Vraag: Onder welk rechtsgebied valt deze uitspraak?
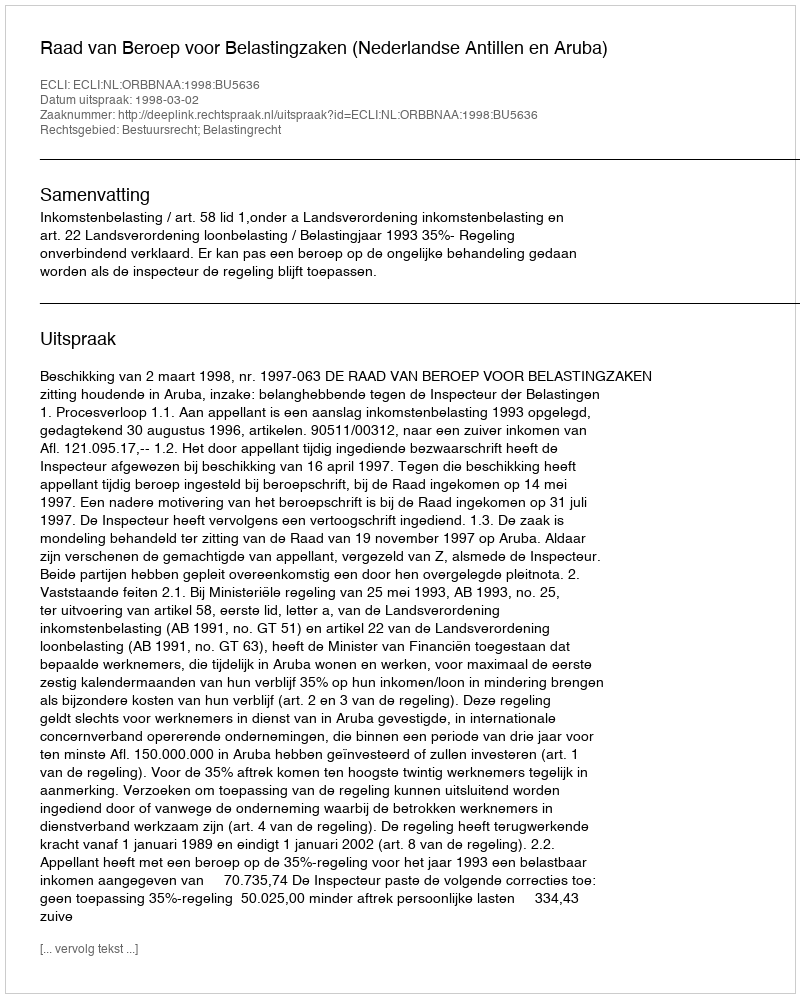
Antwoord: Bestuursrecht; Belastingrecht